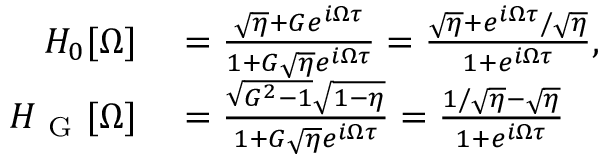
\begin{array} { r l } { H _ { 0 } [ \Omega ] } & { { } = \frac { \sqrt { \eta } + G e ^ { i \Omega \tau } } { 1 + G \sqrt { \eta } e ^ { i \Omega \tau } } = \frac { \sqrt { \eta } + e ^ { i \Omega \tau } / \sqrt { \eta } } { 1 + e ^ { i \Omega \tau } } , } \\ { H _ { \mathrm { ~ G ~ } } [ \Omega ] } & { { } = \frac { \sqrt { G ^ { 2 } - 1 } \sqrt { 1 - \eta } } { 1 + G \sqrt { \eta } e ^ { i \Omega \tau } } = \frac { 1 / \sqrt { \eta } - \sqrt { \eta } } { 1 + e ^ { i \Omega \tau } } } \end{array}